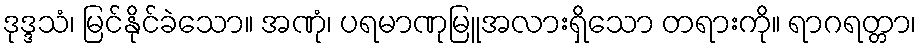
ဒုဒ္ဒသံ၊ မြင်နိုင်ခဲသော။ အဏုံ၊ ပရမာဏုမြူအလားရှိသော တရားကို။ ရာဂရတ္တာ၊